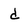
Character: d